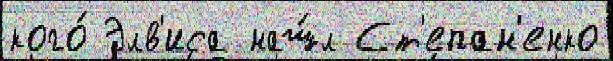
кого́ Элв'иса наш́л Ст'епан'енко